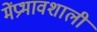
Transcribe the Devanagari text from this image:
मेंप्रभावशाली